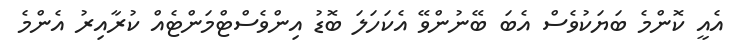
އެއީ ކޮންމެ ބަޔަކުވެސް އެބަ ބޭނުންވޭ އެކަހަލަ ބޮޑު އިންވެސްޓްމަންޓެއް ކުރާއިރު އެންމެ